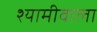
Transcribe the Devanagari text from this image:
श्यामीवाला